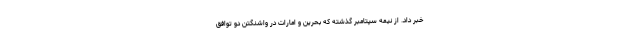
خبر داد. از نیمه سپتامبر گذشته که بحرین و امارات در واشنگتن دو توافق